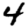
Digit: 4